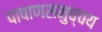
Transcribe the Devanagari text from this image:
पाषाणसमुच्चय